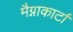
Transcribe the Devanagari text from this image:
मैग्नाकार्टा